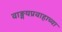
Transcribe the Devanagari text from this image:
वाङ्मयप्रवाहाच्या